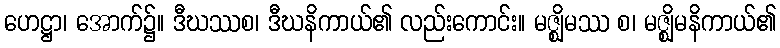
ဟေဋ္ဌာ၊ အောက်၌။ ဒီဃဿစ၊ ဒီဃနိကာယ်၏ လည်းကောင်း။ မဇ္ဈိမဿ စ၊ မဇ္ဈိမနိကာယ်၏